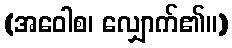
(အဝေါစ၊ လျှောက်၏။)